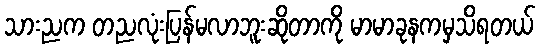
သားညက တညလုံးပြန်မလာဘူးဆိုတာကို မာမာခုနကမှသိရတယ်